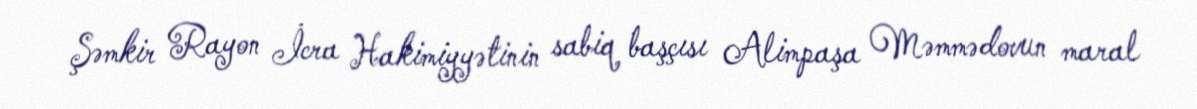
Şəmkir Rayon İcra Hakimiyyətinin sabiq başçısı Alimpaşa Məmmədovun maral